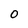
Character: O